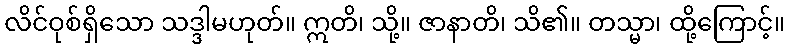
လိင်ဝုစ်ရှိသော သဒ္ဒါမဟုတ်။ ဣတိ၊ သို့။ ဇာနာတိ၊ သိ၏။ တသ္မာ၊ ထို့ကြောင့်။